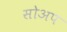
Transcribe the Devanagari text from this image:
सोअप